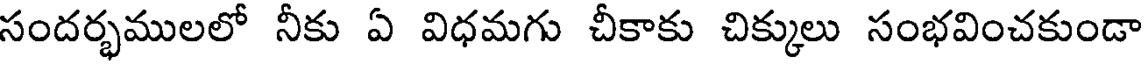
సందర్భములలో నీకు ఏ విధమగు చీకాకు చిక్కులు సంభవించకుండా